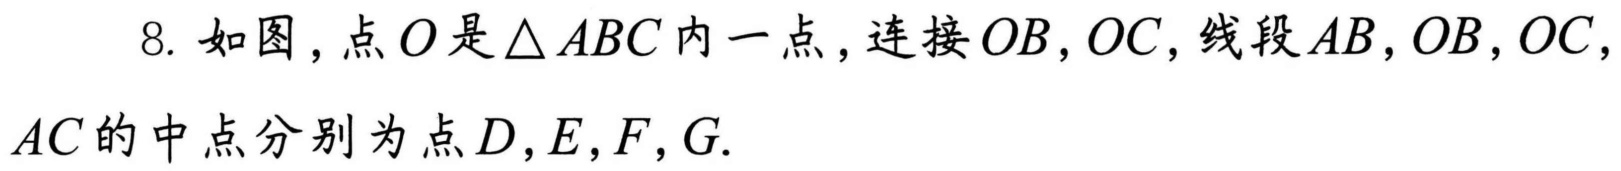
8. 如图，点\(O\)是\(\triangle ABC\)内一点，连接\(OB,OC\)，线段\(AB,OB,OC,AC\)的中点分别为点\(D,E,F,G\).